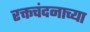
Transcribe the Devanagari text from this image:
रक्तचंदनाच्या